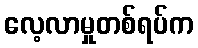
လေ့လာမှုတစ်ရပ်က